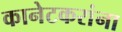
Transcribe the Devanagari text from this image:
कानेटकरांना